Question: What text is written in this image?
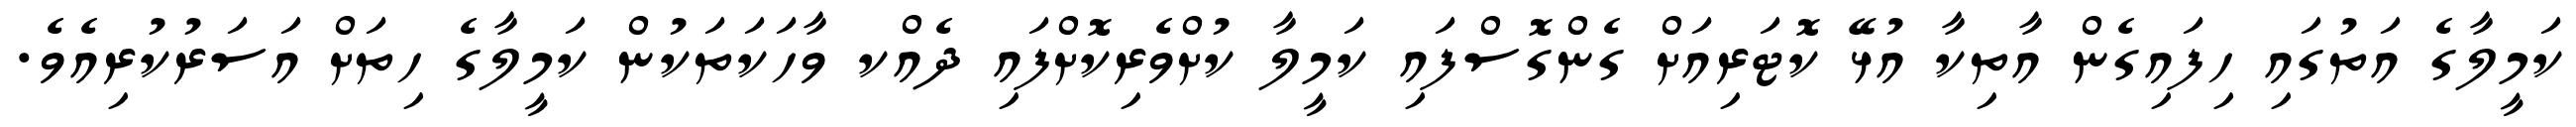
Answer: ކަމީލާގެ އަތުގައި ހިފައިގެން އާތިކާ އުޅޭ ކޮޓަރިއަށް ގެންގޮސްފައި ކަމީލާ ކުށްވެރިކޮށްފައި ދެއްކ ވާހަކަތަކުން ކަމީލާގެ ހިތަށް އަސަރުކުރިއެވެ.